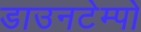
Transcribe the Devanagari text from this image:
डाउनटेम्पो